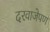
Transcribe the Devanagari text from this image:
दरवाजेपण